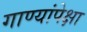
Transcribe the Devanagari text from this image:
गाण्यांपेक्षा